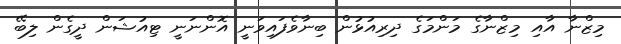
މިޒްނާ އާއި މިޒްނާގެ މަންމަގެ ދިރިއުޅުން ބިނާވެފައިވަނީ އޮންނަނީ ޓިއުޝަން ދީގެން ލިބޭ